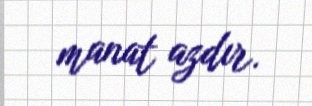
manat azdır.